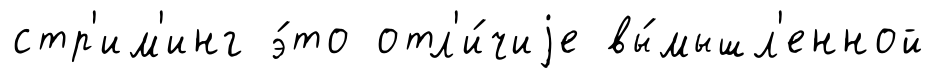
стр'им'инг э́то отл'и́чиjе вы́мышл'енной